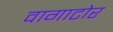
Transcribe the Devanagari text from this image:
वागाटोर